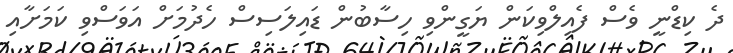
ދެ ކިޑްނީ ވެސް ފެއިލްވިކަން ޔަގީންވި ހިސާބުން ޑައިލަސިސް ހެދުމަށް އަވަސްވި ކަމަށާއި